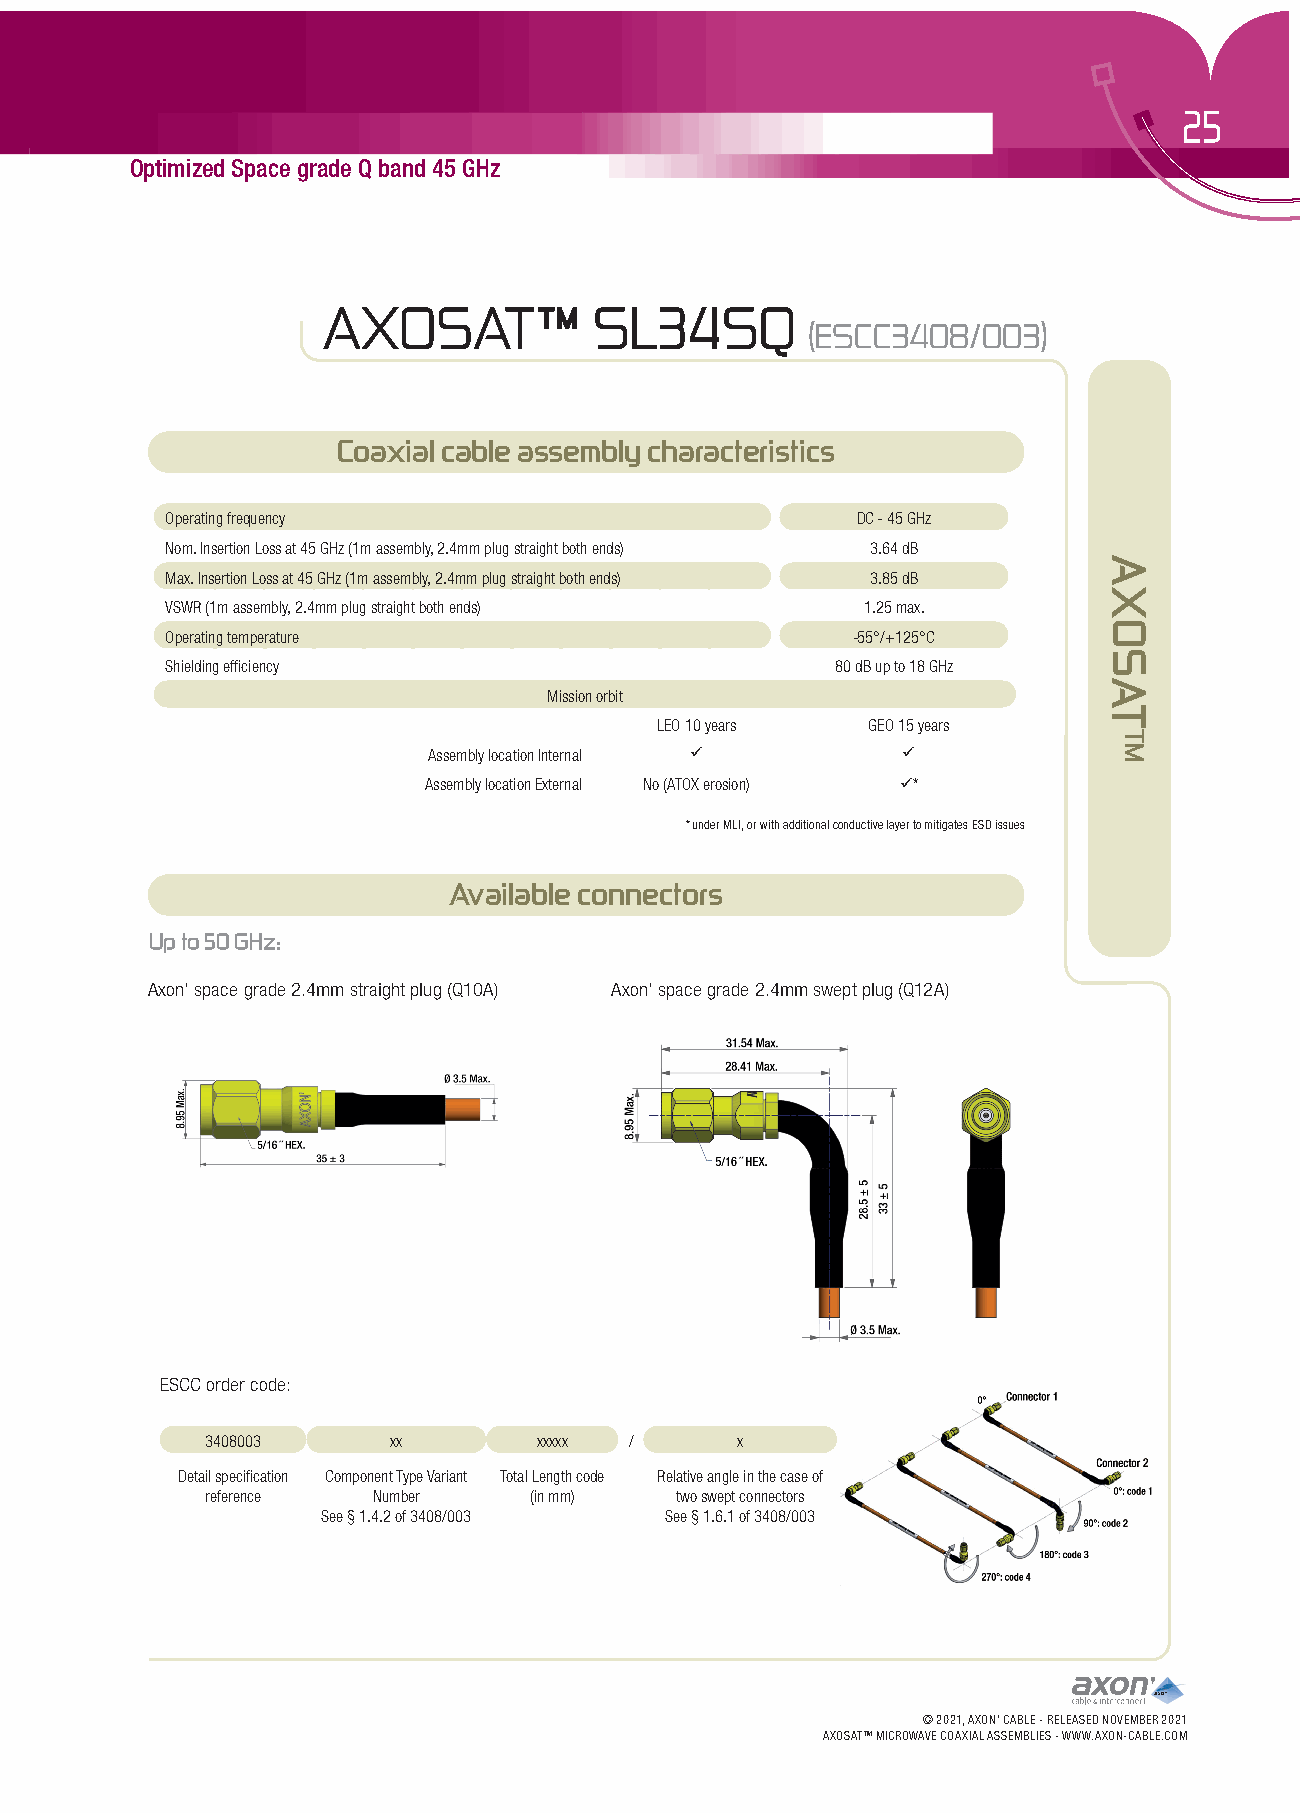
25
 Optimized Space grade Q band 45 GHz
 AXOSAT™           SL34SQ
 (ESCC3408/003)
 Coaxial cable assembly characteristics
 Operating frequency                           DC - 45 GHz
 Nom. Insertion Loss at 45 GHz (1m assembly, 2.4mm plug straight both ends) 3.64 dB
 Max. Insertion Loss at 45 GHz (1m assembly, 2.4mm plug straight both ends) 3.85 dB
 VSWR (1m assembly, 2.4mm plug straight both ends) 1.25 max.
 Operating temperature                        -55°/+125°C
 Shielding efficiency                        80 dB up to 18 GHz
 Mission orbit
 LEO 10 years  GEO 15 years
 Assembly location Internal     
 Assembly location External No (ATOX erosion) *
 * under MLI, or with additional conductive layer to mitigates ESD issues
 Available connectors
 Up to 50 GHz:
 Axon’ space grade 2.4mm straight plug (Q10A) Axon’ space grade 2.4mm swept plug (Q12A)
 ESCC order code:
 3408003     xx        xxxxx /      x
 Detail specification Component Type Variant Total Length code Relative angle in the case of
 reference  Number    (in mm)   two swept connectors
 See § 1.4.2 of 3408/003 See § 1.6.1 of 3408/003
 © 2021, AXON’ CABLE - RELEASED NOVEMBER 2021
 AXOSATTM MICROWAVE COAXIAL ASSEMBLIES - WWW.AXON-CABLE.COM
 AXOSAT
 TM